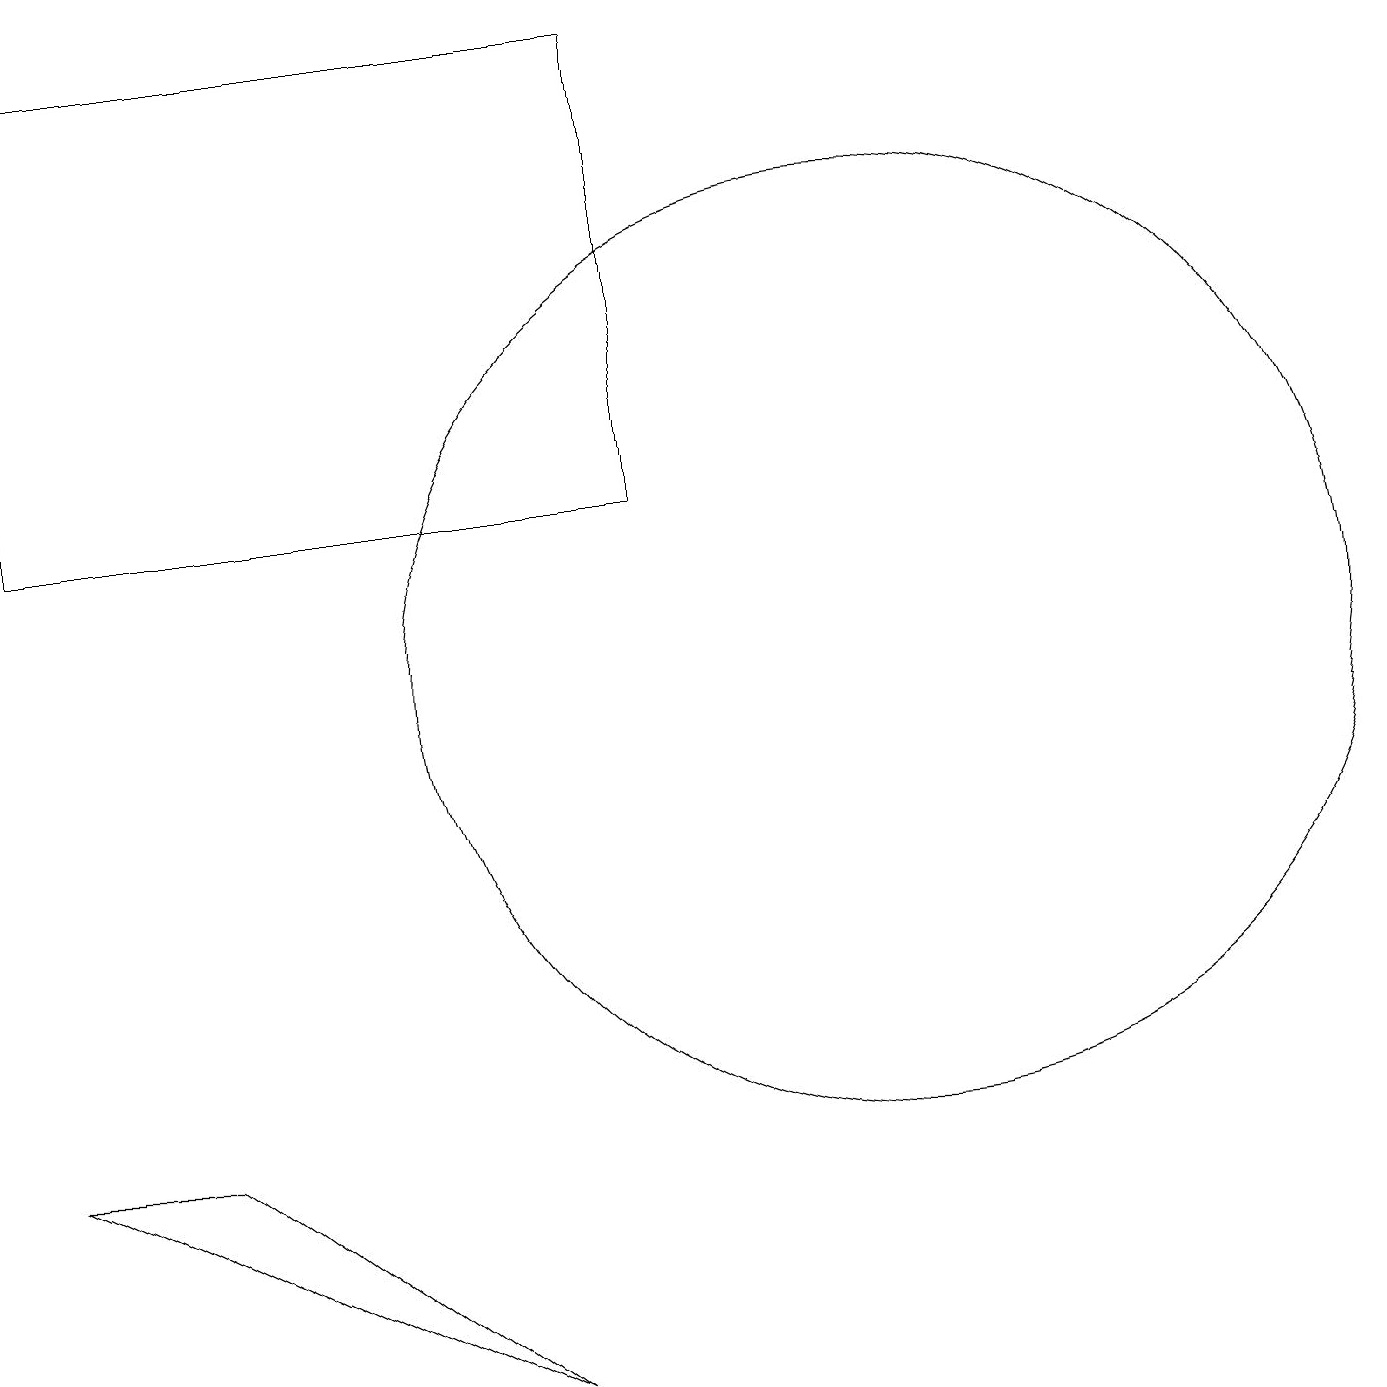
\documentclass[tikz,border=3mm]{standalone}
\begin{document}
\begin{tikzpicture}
\draw (11,11) circle (6);
\draw (0,5) -- (6,2) -- (2,5) -- cycle;
\draw (8,13) rectangle (0,19);
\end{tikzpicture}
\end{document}